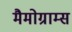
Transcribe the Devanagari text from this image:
मैमोग्राम्स